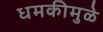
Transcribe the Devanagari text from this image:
धमकीमुळे